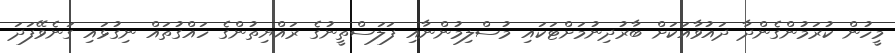
މީހުން ކުރަމުންގެންދާ ދައުވާއަކަށް ބާރުދިނުމަށްޓަކައި މުސްލިމުންނާއި ފަލަސްތީނުގެ ރައްޔިތުންގެ ހައްގުތައް ނިގުޅައި ގަނެވޭފަދަ